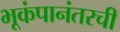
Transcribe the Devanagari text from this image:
भूकंपानंतरची